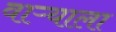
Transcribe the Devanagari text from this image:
वाऱ्याला